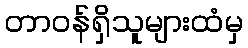
တာဝန်ရှိသူများထံမှ